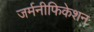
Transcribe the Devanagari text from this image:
जर्मनीफिकेशन